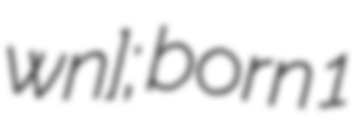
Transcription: ɡwɛnː]; born 1